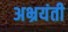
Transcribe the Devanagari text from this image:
अभ्रयंती